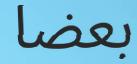
بعضا